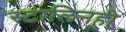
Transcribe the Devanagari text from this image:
स्टालिनही